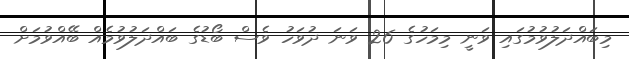
މިބައްދަލުވުމުގައި ވަނީ މިމަހުގެ 26 ވަނަ ދުވަހު ވެސް ބޯޑުގެ ބައްދަލުވުމެއް ބޭއްވުމަށް